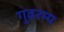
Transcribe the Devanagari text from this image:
गुढरम्य